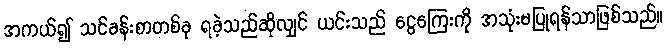
အကယ်၍ သင်ခန်းစာတစ်ခု ရခဲ့သည်ဆိုလျှင် ယင်းသည် ငွေကြေးကို အသုံးမပြုရန်သာဖြစ်သည်။